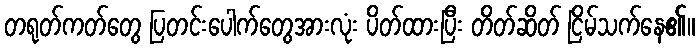
တရုတ်ကတ်တွေ ပြတင်းပေါက်တွေအားလုံး ပိတ်ထားပြီး တိတ်ဆိတ် ငြိမ်သက်နေ၏။